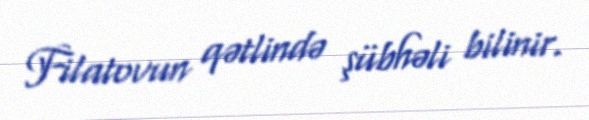
Filatovun qətlində şübhəli bilinir.